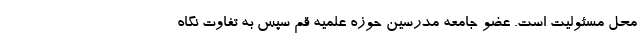
محل مسئولیت است. عضو جامعه مدرسین حوزه علمیه قم سپس به تفاوت نگاه